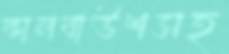
কালবাউশসহ